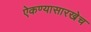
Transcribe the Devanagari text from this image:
ऐकण्यासारखेच